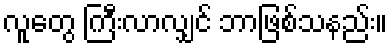
လူတွေ ကြီးလာလျှင် ဘာဖြစ်သနည်း။